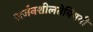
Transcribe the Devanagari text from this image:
सर्जनशीलतेविषयी